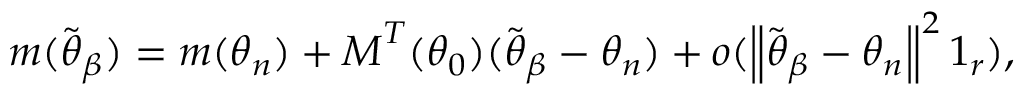
\boldsymbol { m } ( \widetilde { \boldsymbol { \theta } } _ { \beta } ) = \boldsymbol { m } ( \boldsymbol { \theta } _ { n } ) + \boldsymbol { M } ^ { T } ( \boldsymbol { \theta } _ { 0 } ) ( \widetilde { \boldsymbol { \theta } } _ { \beta } - \boldsymbol { \theta } _ { n } ) + o ( \left\Vert \widetilde { \boldsymbol { \theta } } _ { \beta } - \boldsymbol { \theta } _ { n } \right\Vert ^ { 2 } \boldsymbol { 1 } _ { r } ) ,